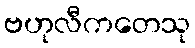
ဗဟုလီကတေသု